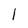
Character: l